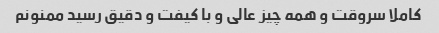
کاملا سروقت و همه چیز عالی و با کیفت و دقیق رسید ممنونم